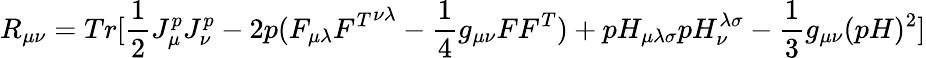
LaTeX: R_{\mu\nu}=Tr[\frac{1}{2}J_{\mu}^{p}J_{\nu}^{p}-2p(F_{\mu\lambda}{F^{T}}^{\nu\lambda}-\frac{1}{4}g_{\mu\nu}FF^{T})+pH_{\mu\lambda\sigma}pH_{\nu}^{\lambda\sigma}-\frac{1}{3}g_{\mu\nu}(pH)^{2}]